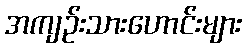
အကျဉ်းသားဟောင်းများ